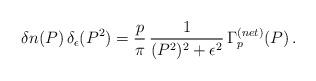
LaTeX: \begin{align*}\delta n (P) \, \delta_\epsilon (P^2) = \frac{p}{\pi} \, \frac{1}{(P^2)^2 + \epsilon^2} \, \Gamma^{(net)}_p (P) \, . \end{align*}